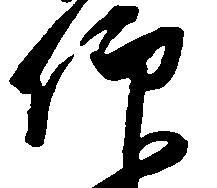
仰